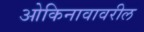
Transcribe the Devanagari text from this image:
ओकिनावावरील